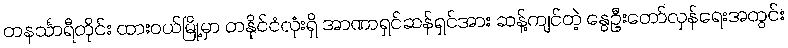
တနင်္သာရီတိုင်း ထားဝယ်မြို့မှာ တနိုင်ငံလုံးရှိ အာဏာရှင်ဆန်ရှင်အား ဆန့်ကျင်တဲ့ နွေဦးတော်လှန်ရေးအတွင်း